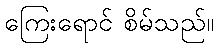
ကြေးရောင် စိမ်သည်။